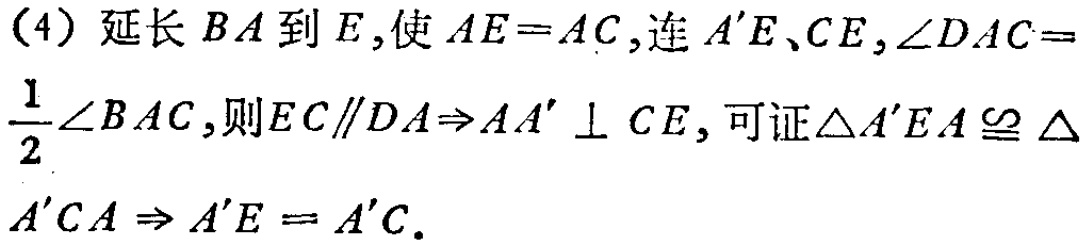
(4) 延长 \(BA\) 到 \(E\), 使 \(AE = AC\), 连 \(A'E\)、\(CE\), \(\angle DAC=\frac{1}{2}\angle BAC\), 则 \(EC\parallel DA\Rightarrow AA'\perp CE\), 可证 \(\triangle A'EA\cong\triangle A'CA\Rightarrow A'E = A'C\).